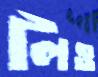
লিঁও